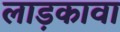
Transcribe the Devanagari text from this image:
लाड़कावा